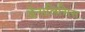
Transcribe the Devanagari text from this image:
अॅनालिसिस